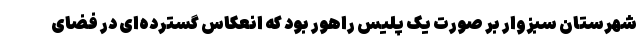
شهرستان سبزوار بر صورت یک پلیس راهور بود که انعکاس گسترده‌ای در فضای